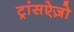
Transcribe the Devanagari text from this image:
ट्रांसऐज़ो